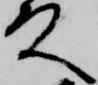
殿